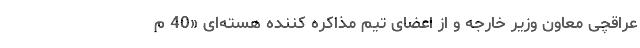
عراقچی معاون وزیر خارجه و از اعضای تیم مذاکره کننده هسته‌ای «40 م